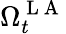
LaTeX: \Omega_{t}^{\mathrm{~L~A~}}